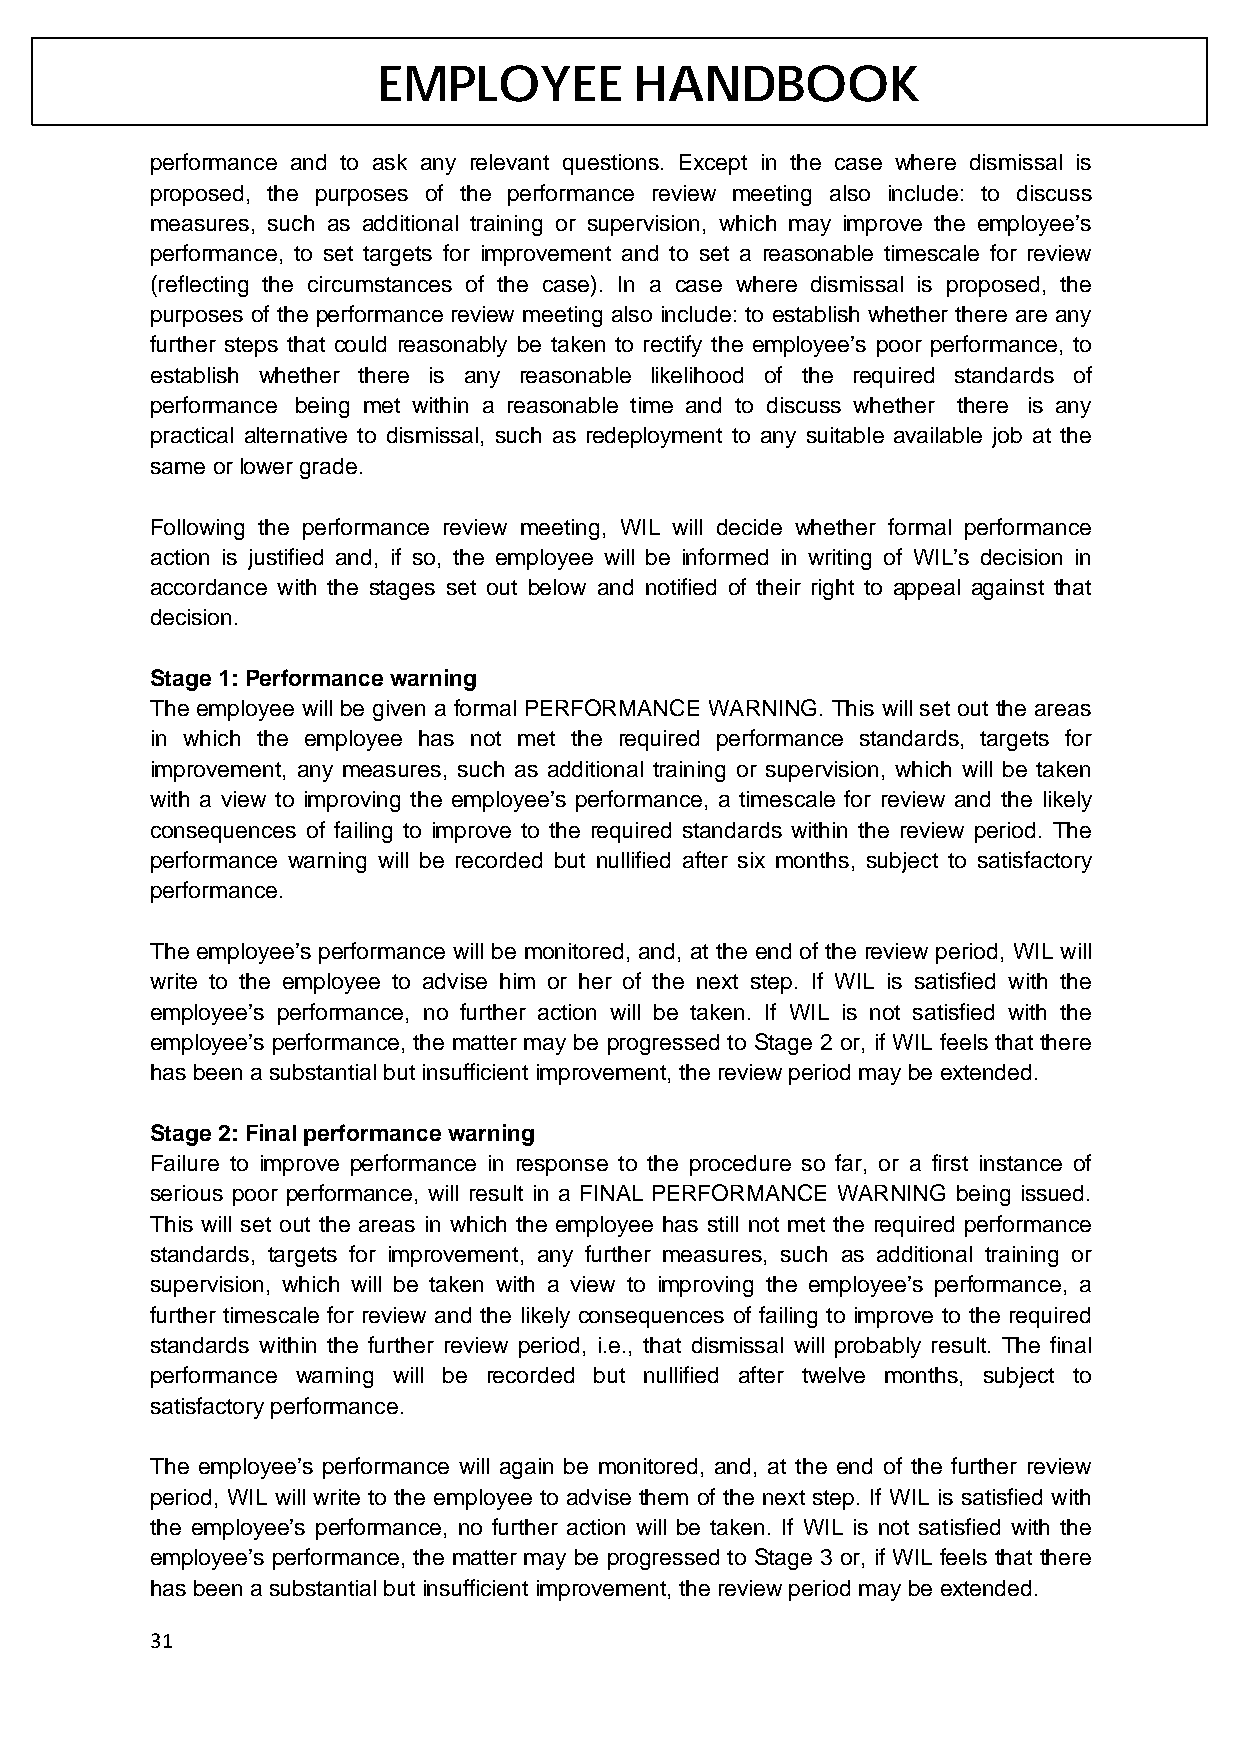
EMPLOYEE         HANDBOOK
 performance and to ask any relevant questions. Except in the case where dismissal is
 proposed, the purposes of the performance review meeting also include: to discuss
 measures, such as additional training or supervision, which may improve the employee’s
 performance, to set targets for improvement and to set a reasonable timescale for review
 (reflecting the circumstances of the case). In a case where dismissal is proposed, the
 purposes of the performance review meeting also include: to establish whether there are any
 further steps that could reasonably be taken to rectify the employee’s poor performance, to
 establish whether there is any reasonable likelihood of the required standards of
 performance being met within a reasonable time and to discuss whether there is any
 practical alternative to dismissal, such as redeployment to any suitable available job at the
 same or lower grade.
 Following the performance review meeting, WIL will decide whether formal performance
 action is justified and, if so, the employee will be informed in writing of WIL’s decision in
 accordance with the stages set out below and notified of their right to appeal against that
 decision.
 Stage 1: Performance warning
 The employee will be given a formal PERFORMANCE WARNING. This will set out the areas
 in which the employee has not met the required performance standards, targets for
 improvement, any measures, such as additional training or supervision, which will be taken
 with a view to improving the employee’s performance, a timescale for review and the likely
 consequences of failing to improve to the required standards within the review period. The
 performance warning will be recorded but nullified after six months, subject to satisfactory
 performance.
 The employee’s performance will be monitored, and, at the end of the review period, WIL will
 write to the employee to advise him or her of the next step. If WIL is satisfied with the
 employee’s performance, no further action will be taken. If WIL is not satisfied with the
 employee’s performance, the matter may be progressed to Stage 2 or, if WIL feels that there
 has been a substantial but insufficient improvement, the review period may be extended.
 Stage 2: Final performance warning
 Failure to improve performance in response to the procedure so far, or a first instance of
 serious poor performance, will result in a FINAL PERFORMANCE WARNING being issued.
 This will set out the areas in which the employee has still not met the required performance
 standards, targets for improvement, any further measures, such as additional training or
 supervision, which will be taken with a view to improving the employee’s performance, a
 further timescale for review and the likely consequences of failing to improve to the required
 standards within the further review period, i.e., that dismissal will probably result. The final
 performance warning will be recorded but nullified after twelve months, subject to
 satisfactory performance.
 The employee’s performance will again be monitored, and, at the end of the further review
 period, WIL will write to the employee to advise them of the next step. If WIL is satisfied with
 the employee’s performance, no further action will be taken. If WIL is not satisfied with the
 employee’s performance, the matter may be progressed to Stage 3 or, if WIL feels that there
 has been a substantial but insufficient improvement, the review period may be extended.
 31